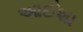
આઈશા